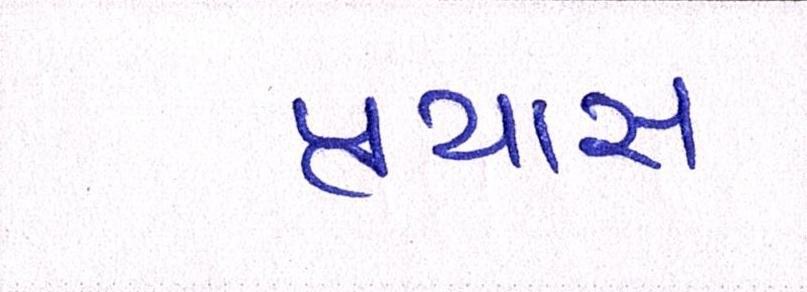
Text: પ્રયાસ